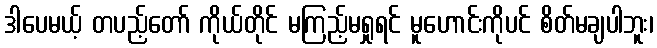
ဒါပေမယ့် တပည့်တော် ကိုယ်တိုင် မကြည့်မရှုရင် မူဟောင်းကိုပင် စိတ်မချပါဘူး၊